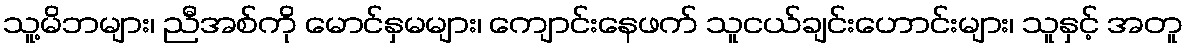
သူ့မိဘများ၊ ညီအစ်ကို မောင်နှမများ၊ ကျောင်းနေဖက် သူငယ်ချင်းဟောင်းများ၊ သူနှင့် အတူ